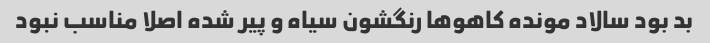
بد بود سالاد مونده کاهوها رنگشون سیاه و پیر شده اصلا مناسب نبود